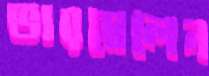
ভারমেলেন